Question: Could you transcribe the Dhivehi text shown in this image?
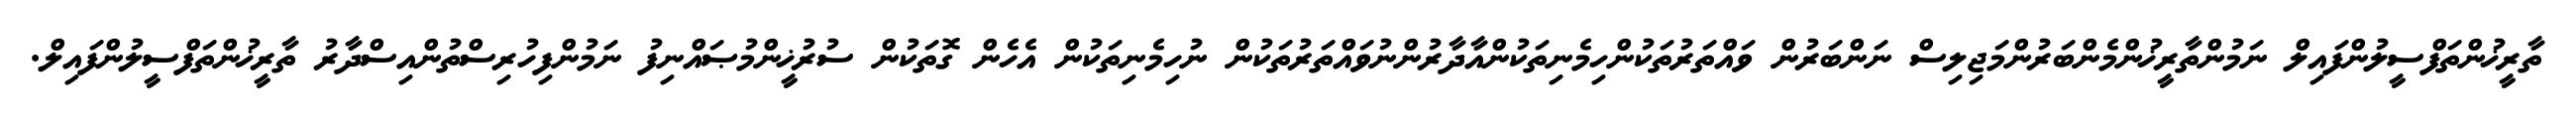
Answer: ތާރީޚުންތަފްސީލުންފައިލް ނަމުންތާރީޚުންމެންބަރުންމަޖިލިސް ނަންބަރުން ވައްތަރުތަކުންހިމެނިތަކުންއާދާރުންނުވައްތަރުތަކުން ނުހިމެނިތަކުން އެހެން ގޮތަކުން ސުރުޚީންމުޞައްނިފު ނަމުންފިހުރިސްތުންއިސްދާރު ތާރީޚުންތަފްސީލުންފައިލް.